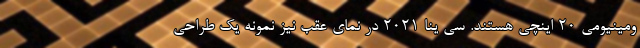
ومینیومی 20 اینچی هستند. سی ینا 2021 در نمای عقب نیز نمونه یک طراحی